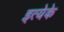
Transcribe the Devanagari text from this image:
इत्येके